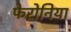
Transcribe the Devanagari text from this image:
फेरोनिया